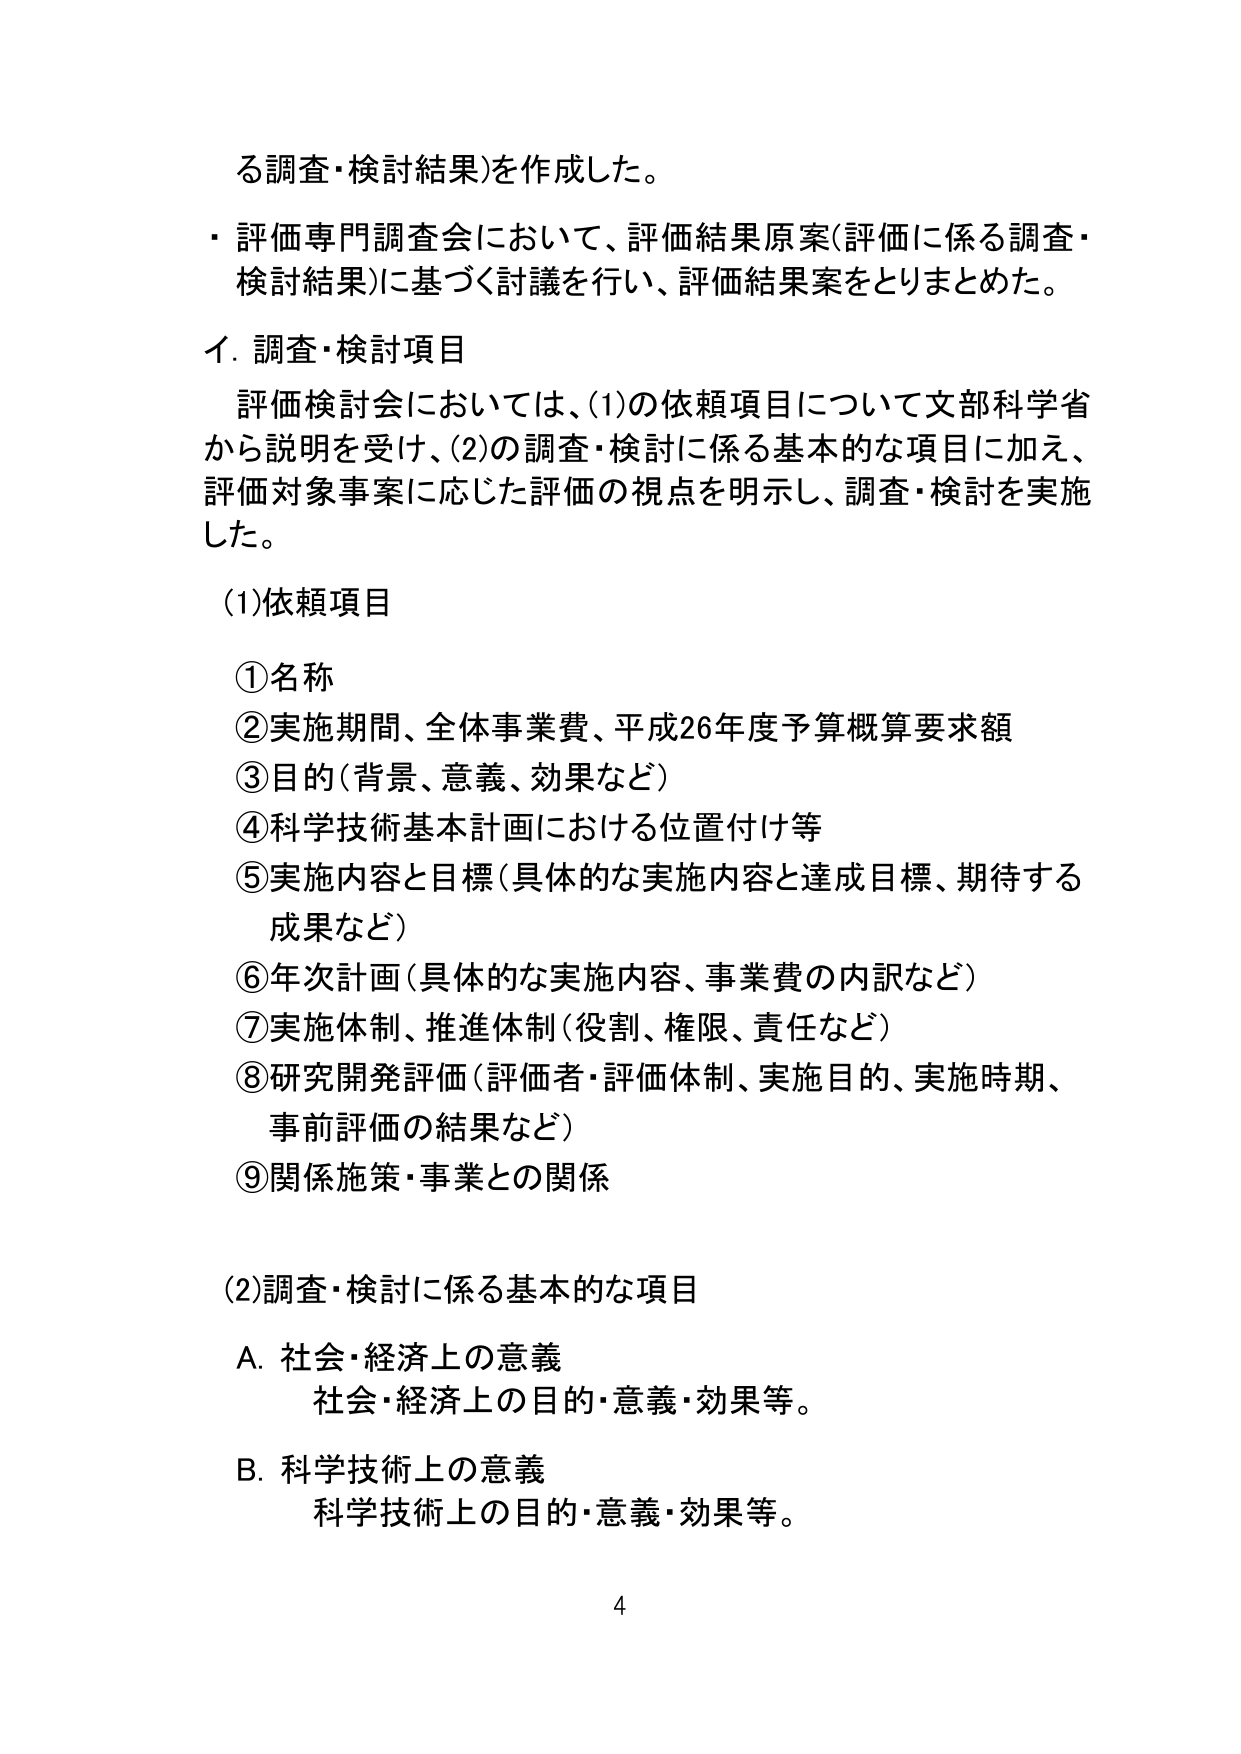
る調査・検討結果）を作成した。

・評価専門調査会において、評価結果原案（評価に係る調査・検討結果）に基づく討議を行い、評価結果案をとりまとめた。

イ．調査・検討項目

　評価検討会においては、(1)の依頼項目について文部科学省から説明を受け、(2)の調査・検討に係る基本的な項目に加え、評価対象事案に応じた評価の視点を明示し、調査・検討を実施した。

(1)依頼項目

①名称

②実施期間、全体事業費、平成26年度予算概算要求額

③目的（背景、意義、効果など）

④科学技術基本計画における位置付け等

⑤実施内容と目標（具体的な実施内容と達成目標、期待する成果など）

⑥年次計画（具体的な実施内容、事業費の内訳など）

⑦実施体制、推進体制（役割、権限、責任など）

⑧研究開発評価（評価者・評価体制、実施目的、実施時期、事前評価の結果など）

⑨関係施策・事業との関係

(2)調査・検討に係る基本的な項目

A．社会・経済上の意義
　社会・経済上の目的・意義・効果等。

B．科学技術上の意義
　科学技術上の目的・意義・効果等。

4